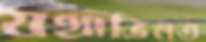
যথাভিমত